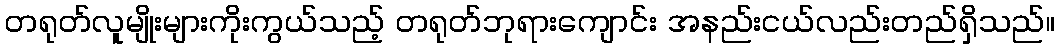
တရုတ်လူမျိုးများကိုးကွယ်သည့် တရုတ်ဘုရားကျောင်း အနည်းငယ်လည်းတည်ရှိသည်။